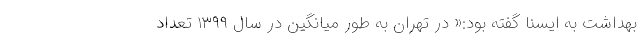
بهداشت به ایسنا گفته بود:« در تهران به طور میانگین در سال ۱۳۹۹ تعداد